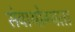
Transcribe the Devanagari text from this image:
सेवायोग्यता